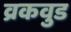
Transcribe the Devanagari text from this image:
व्रकवुड